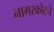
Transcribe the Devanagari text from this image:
नागरकोटचे